system: You are a helpful assistant.
user:
Analyze the provided spectrum to determine if it is a **"Cataclysmic Variables (CV)"**.

- **Key Indicators for CV (Check for either state):**
    - **State 1: Quiescent / Low-State (Emission-Dominated)**
        - **(Primary):** Strong and *very broad* Hydrogen Balmer emission lines (e.g., $H\alpha$ at 6563 Å, $H\beta$ at 4861 Å). The 'broadness' (high velocity dispersion, often FWHM > 1000 km/s) is the key diagnostic, indicating a high-velocity accretion disk.
        - **(Secondary):** Broad neutral Helium (He I) emission lines (e.g., 5876 Å, 6678 Å).
        - **(Key Confirmation):** Presence of high-excitation *ionized* Helium (He II) emission at 4686 Å. This is a strong indicator of accretion onto a white dwarf.
        - **(Line Profile):** Emission lines may exhibit a 'double-peaked' profile, which is a classic signature of a rotating accretion disk viewed at high inclination.

    - **State 2: Outburst / High-State (Absorption-Dominated)**
        - **(Primary):** Spectrum is dominated by a bright, blue continuum (looks like a hot star).
        - **(Secondary):** The emission lines from State 1 are weak, absent, or 'filled in', and are replaced by broad, shallow *absorption* lines (primarily Balmer and He I).
        - **(Morphology):** The overall spectrum mimics a hot B/A-type star. The crucial difference is that the absorption lines are significantly broader, shallower, and more 'washed-out' (or 'smeared') than the sharp lines of a normal stellar photosphere, due to high rotational speeds and pressure broadening in the disk.

Think first, call **spectral_visualization_tool** if needed to examine features in detail, then provide your final answer. Your response must adhere to the following strict rules:
1.  **Overall Structure:** Your response must follow the format `<think>...</think> <tool_call>...</tool_call> (if a tool is used) <answer>...</answer>`.
2.  **Tool Usage Constraint:** You may only make **one** tool call per turn.
3.  **Final Answer Format:** In the `<answer>` tag, your conclusion must be inside a `\boxed{}` command (e.g., `\boxed{YES}`), followed by your justification.

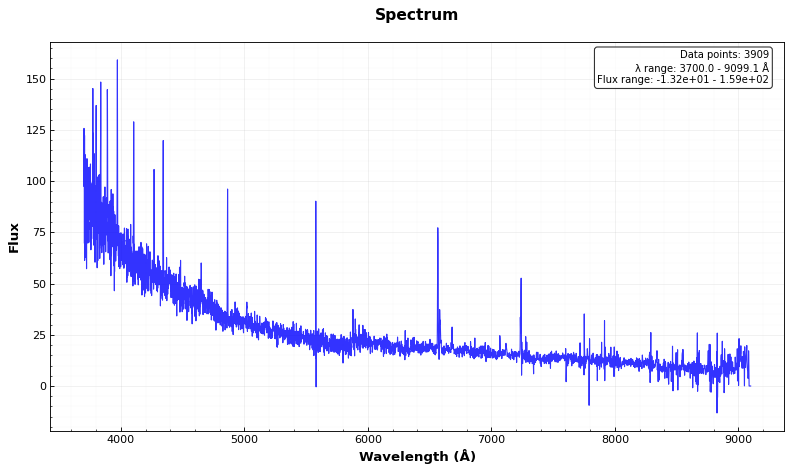
Answer: YES